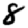
Digit: 8